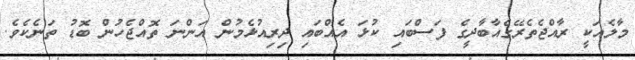
މާލެއަކީ ރާއްޖެތެރޭގެއާބާދީގެ ފަސްބައި ކުޅަ އެއްބައި ދިރިއުޅެމުން އަންނަ ތޮއްޖެހުން ބޮޑު ތަނެކެވެ.